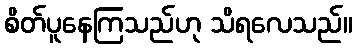
စိတ်ပူနေကြသည်ဟု သိရလေသည်။